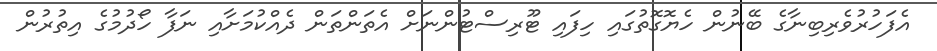
އެފަހުރުވެރިބިނާގެ ބޭނުން ހެޔޮގޮތުގައި ހިފައި ޓޫރިސްޓުންނަށް އެތަންތަން ދެއްކުމަށާއި ނަފާ ހޯދުމުގެ އިތުރުން